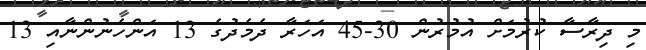
މި ދިރާސާ ކުރުމަށް އުމުރުން 30-45 އަހަރާ ދެމެދުގެ 13 އަންހެނުންނާއި 13